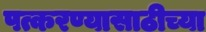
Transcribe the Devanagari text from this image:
पत्करण्यासाठीच्या